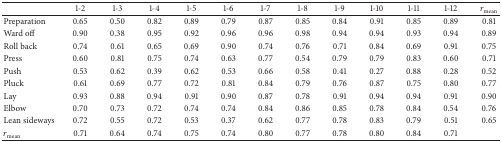
|  | 1-2 | 1-3 | 1-4 | 1-5 | 1-6 | 1-7 | 1-8 | 1-9 | 1-10 | 1-11 | 1-12 | rmean |
 | --- | --- | --- | --- | --- | --- | --- | --- | --- | --- | --- | --- | --- |
 | Preparation | 0.65 | 0.50 | 0.82 | 0.89 | 0.79 | 0.87 | 0.85 | 0.84 | 0.91 | 0.85 | 0.89 | 0.81 |
 | Ward off | 0.90 | 0.38 | 0.95 | 0.92 | 0.96 | 0.96 | 0.98 | 0.94 | 0.94 | 0.93 | 0.94 | 0.89 |
 | Roll back | 0.74 | 0.61 | 0.65 | 0.69 | 0.90 | 0.74 | 0.76 | 0.71 | 0.84 | 0.69 | 0.91 | 0.75 |
 | Press | 0.60 | 0.81 | 0.75 | 0.74 | 0.63 | 0.77 | 0.54 | 0.79 | 0.79 | 0.83 | 0.60 | 0.71 |
 | Push | 0.53 | 0.62 | 0.39 | 0.62 | 0.53 | 0.66 | 0.58 | 0.41 | 0.27 | 0.88 | 0.28 | 0.52 |
 | Pluck | 0.61 | 0.69 | 0.77 | 0.72 | 0.81 | 0.84 | 0.79 | 0.76 | 0.87 | 0.75 | 0.80 | 0.77 |
 | Lay | 0.93 | 0.88 | 0.94 | 0.91 | 0.90 | 0.87 | 0.78 | 0.91 | 0.94 | 0.94 | 0.91 | 0.90 |
 | Elbow | 0.70 | 0.73 | 0.72 | 0.74 | 0.74 | 0.84 | 0.86 | 0.85 | 0.78 | 0.84 | 0.54 | 0.76 |
 | Lean sideways | 0.72 | 0.55 | 0.72 | 0.53 | 0.37 | 0.62 | 0.77 | 0.78 | 0.83 | 0.79 | 0.51 | 0.65 |
 | rmean | 0.71 | 0.64 | 0.74 | 0.75 | 0.74 | 0.80 | 0.77 | 0.78 | 0.80 | 0.84 | 0.71 |  |